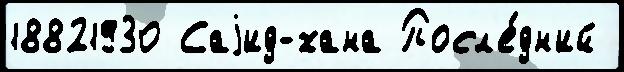
18821930 Саjид-хана Посл'е́дн'ий